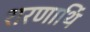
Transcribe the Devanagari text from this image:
शरणार्थि